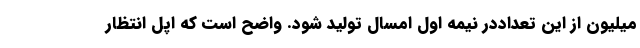
میلیون از این تعداددر نیمه اول امسال تولید شود. واضح است که اپل انتظار